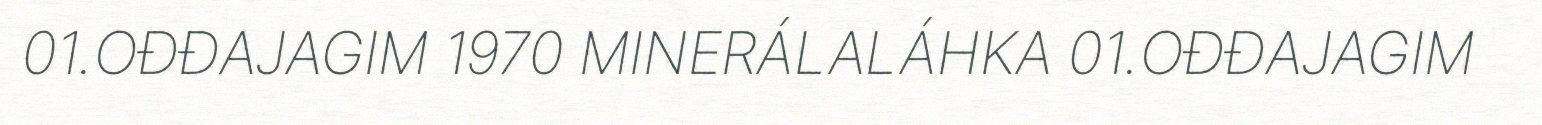
01.OĐĐAJAGIM 1970 MINERÁLALÁHKA 01.OĐĐAJAGIM